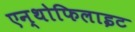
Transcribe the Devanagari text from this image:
एन्थोफिलाइट